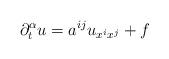
LaTeX: \begin{align*} \partial^{\alpha}_t u=a^{ij}u_{x^ix^j}+f \end{align*}